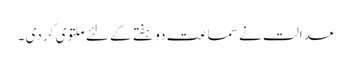
عدالت نے سماعت دو ہفتے کے لئے ملتوی کر دی ۔